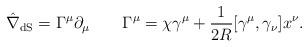
LaTeX: \begin{align*}\hat{\nabla}_{\rm dS}=\Gamma ^{\mu}\partial _{\mu} \qquad \Gamma ^{\mu}=\chi \gamma ^{\mu}+\frac{1}{2R} [\gamma ^{\mu}, \gamma _{\nu}]x^{\nu}.\end{align*}